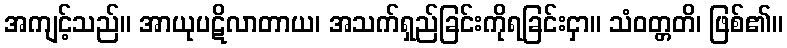
အကျင့်သည်။ အာယုပဋိလာတာယ၊ အသက်ရှည်ခြင်းကိုရခြင်းငှာ။ သံဝတ္တတိ၊ ဖြစ်၏။